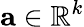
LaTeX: \mathbf{a}\in\mathbb{R}^{k}